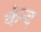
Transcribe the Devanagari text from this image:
कंन्द